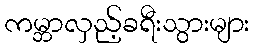
ကမ္ဘာလှည့်ခရီးသွားများ